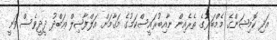
އަދި ކޮމިޝަންގެ މެމްބަރުގެ ތެރެއިން ނާއިބުރައީސްކަމުގެ މަޤާމަށް އަލްފާޟިލް ޢަބްދު ދީދީވެސް ވަނީ